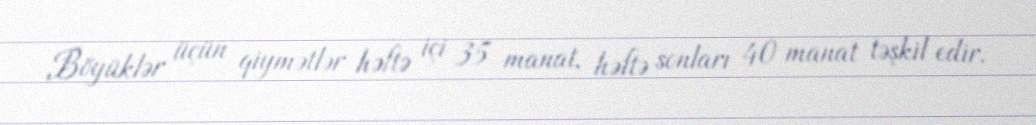
Böyüklər üçün qiymətlər həftə içi 35 manat, həftə sonları 40 manat təşkil edir.